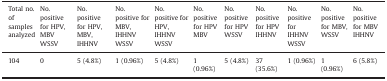
<table><thead><tr><td><b>Total no. of samples analyzed</b></td><td><b>No. positive for HPV, MBV WSSV</b></td><td><b>No. positive for HPV, MBV, IHHNV</b></td><td><b>No. positive for MBV, IHHNV WSSV</b></td><td><b>No. positive for HPV, IHHNV WSSV</b></td><td><b>No. positive for HPV MBV</b></td><td><b>No. positive for HPV WSSV</b></td><td><b>No. positive for HPV IHHNV</b></td><td><b>No. positive for IHHNV WSSV</b></td><td><b>No. positive for MBV, WSSV</b></td><td><b>No. positive for MBV IHHNV</b></td></tr></thead><tbody><tr><td>104</td><td>0</td><td>5 (4.8%)</td><td>1 (0.96%)</td><td>5 (4.8%)</td><td>1 (0.96%)</td><td>5 (4.8%)</td><td>37 (35.6%)</td><td>1 (0.96%)</td><td>1 (0.96%)</td><td>6 (5.8%)</td></tr></tbody></table>